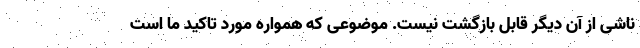
ناشی از آن دیگر قابل بازگشت نیست. موضوعی که همواره مورد تاکید ما است